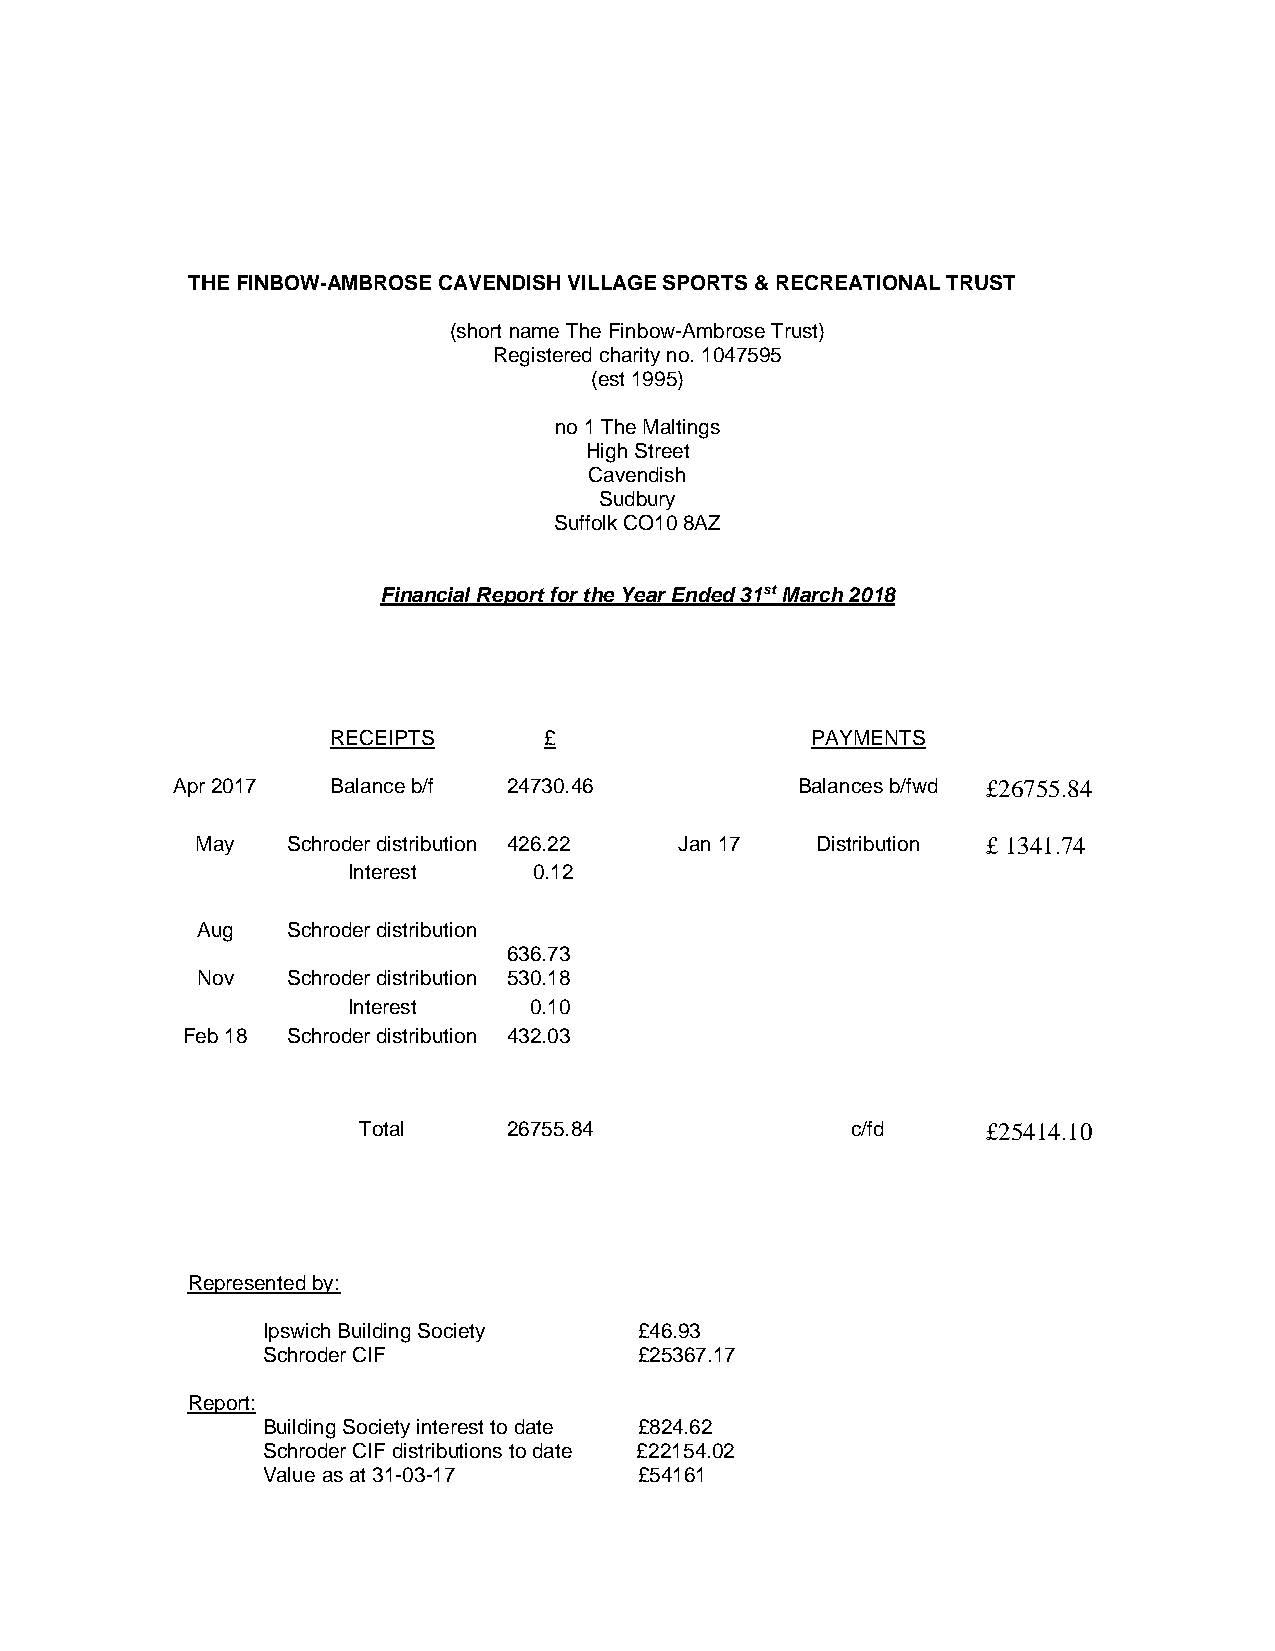
THE FINBOW-AMBROSE CAVENDISH VILLAGE SPORTS & RECREATIONAL TRUST
 (short name The Finbow-Ambrose Trust)
 Registered charity no. 1047595
 (est 1995)
 no 1 The Maltings
 High Street
 Cavendish
 Sudbury
 Suffolk CO10 8AZ
 Financial Report for the Year Ended 31st March 2018
 RECEIPTS      £                 PAYMENTS
 Apr 2017   Balance b/f 24730.46           Balances b/fwd £26755.84
 May   Schroder distribution 426.22 Jan 17 Distribution £ 1341.74
 Interest    0.12
 Aug   Schroder distribution
 636.73
 Nov   Schroder distribution 530.18
 Interest    0.10
 Feb 18 Schroder distribution 432.03
 Total     26755.84              c/fd     £25414.10
 Represented by:
 Ipswich Building Society £46.93
 Schroder CIF             £25367.17
 Report:
 Building Society interest to date £824.62
 Schroder CIF distributions to date £22154.02
 Value as at 31-03-17     £54161